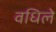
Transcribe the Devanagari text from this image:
वधिले